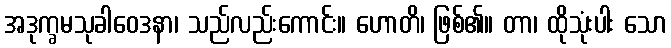
အဒုက္ခမသုခါဝေဒနာ၊ သည်လည်းကောင်း။ ဟောတိ၊ ဖြစ်၏။ တာ၊ ထိုသုံးပါး သော